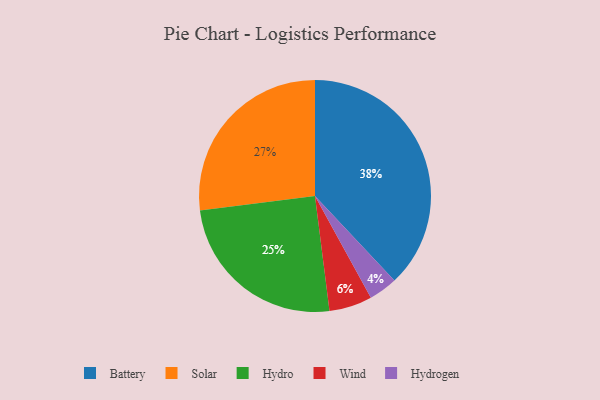
{"axis": {"x": "Category", "y": "Percentage"}, "legend": ["Battery", "Hydro", "Hydrogen", "Solar", "Wind"], "data": [{"x": "Hydrogen", "y": 4, "type": "Hydrogen"}, {"x": "Wind", "y": 6, "type": "Wind"}, {"x": "Battery", "y": 38, "type": "Battery"}, {"x": "Hydro", "y": 25, "type": "Hydro"}, {"x": "Solar", "y": 27, "type": "Solar"}]}